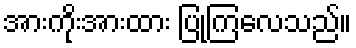
အားကိုးအားထား ပြုကြလေသည်။